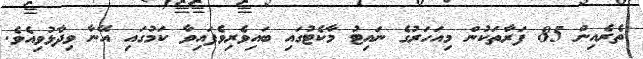
ތެރެއިން 85 ފަރާތަކުން މިއަހަރުގެ ނައިޓު މާކެޓުގައި ބައިވެރިވެފައިވާ ކަމުގައި އޭނާ ވިދާޅުވިއެވެ.